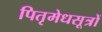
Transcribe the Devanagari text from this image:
पितृमेधसूत्रों